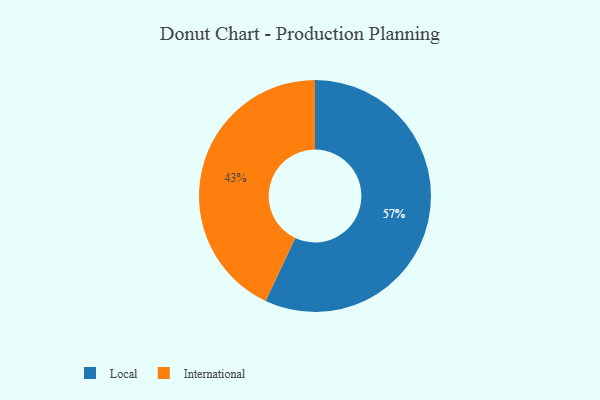
{"axis": {"x": "Category", "y": "Percentage"}, "legend": ["International", "Local"], "data": [{"x": "International", "y": 43, "type": "International"}, {"x": "Local", "y": 57, "type": "Local"}]}